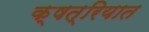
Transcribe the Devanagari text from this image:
क्षत्रियात